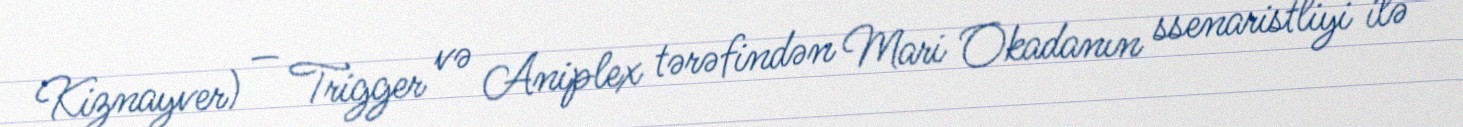
Kiznayver) — Trigger və Aniplex tərəfindən Mari Okadanın ssenaristliyi ilə